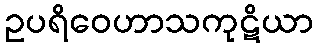
ဥပရိဝေဟာသကုဋိယာ